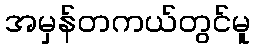
အမှန်တကယ်တွင်မူ